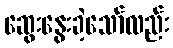
ဆွေးနွေးခဲ့သော်လည်း